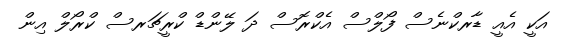
އަކީ އެއީ ޑާރކްނެސް ފޯލްސް އެކްރޮސް ދަ ލޭންޑް ކްރީޗަރސް ކްރޯލް އިން